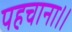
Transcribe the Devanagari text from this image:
पहचाना।।